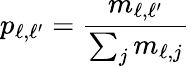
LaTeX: p_{\ell,\ell^{\prime}}=\frac{m_{\ell,\ell^{\prime}}}{\sum_{j}m_{\ell,j}}